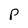
Character: P